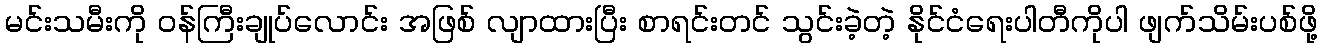
မင်းသမီးကို ဝန်ကြီးချုပ်လောင်း အဖြစ် လျာထားပြီး စာရင်းတင် သွင်းခဲ့တဲ့ နိုင်ငံရေးပါတီကိုပါ ဖျက်သိမ်းပစ်ဖို့